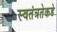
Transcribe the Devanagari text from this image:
स्वतंत्रतेकडे